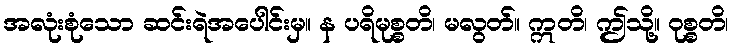
အလုံးစုံသော ဆင်းရဲအပေါင်းမှ။ န ပရိမုစ္စတိ၊ မလွတ်။ ဣတိ၊ ဤသို့။ ဝုစ္စတိ၊